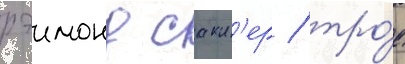
рэимонд сакл'ер / тро́е